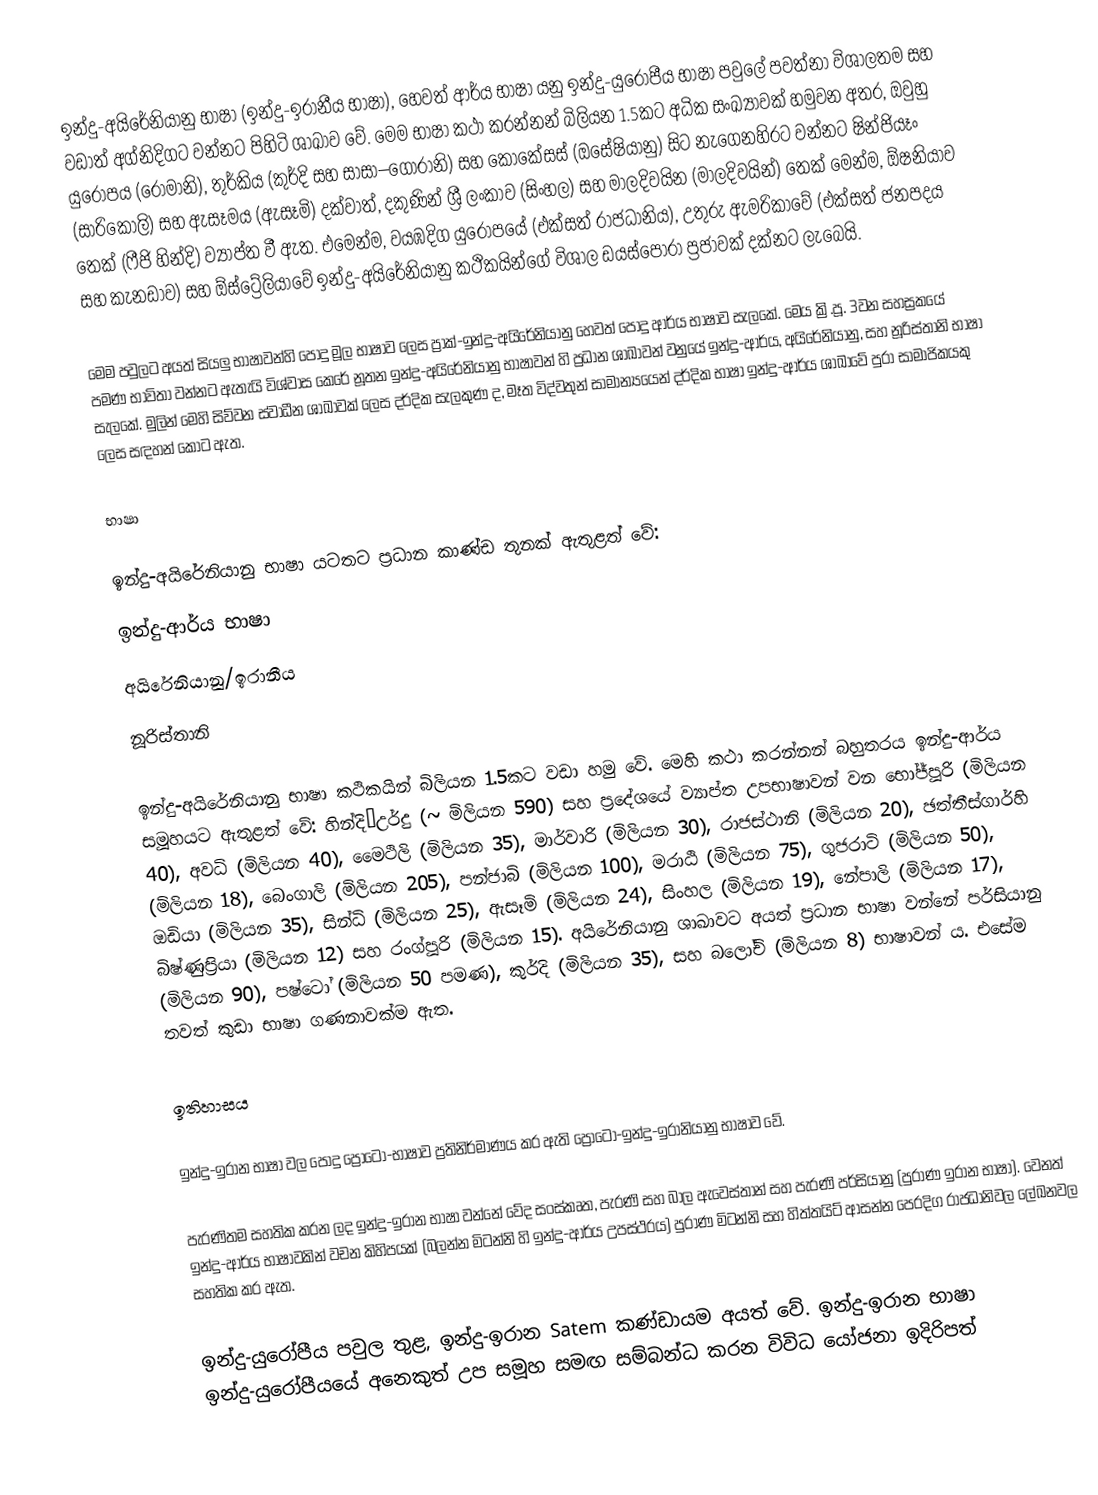
ඉන්දු-අයිරේනියානු භාෂා (ඉන්දු-ඉරානීය භාෂා), හෙවත් ආර්ය භාෂා යනු ඉන්දු-යුරෝපීය භාෂා පවුලේ පවත්නා විශාලතම සහ වඩාත් අග්නිදිගට වන්නට පිහිටි ශාඛාව වේ. මෙම භාෂා කථා කරන්නන් බිලියන 1.5කට අධික සංඛ්‍යාවක් හමුවන අතර, ඔවුහු යුරෝපය (රොමානි), තුර්කිය (කුර්දි සහ සාසා–ගොරානි) සහ කොකේසස් (ඔසේෂියානු) සිට නැගෙනහිරට වන්නට ෂින්ජියෑං (සාරිකොලි) සහ ඇසෑමය (ඇසෑමි) දක්වාත්, දකුණින් ශ්‍රී ලංකාව (සිංහල) සහ මාලදිවයින (මාලදිවයින්) තෙක් මෙන්ම, ඕෂනියාව තෙක් (ෆීජි හින්දි) ව්‍යාප්ත වී ඇත. එමෙන්ම, වයඹදිග යුරෝපයේ (එක්සත් රාජධානිය), උතුරු ඇමරිකාවේ (එක්සත් ජනපදය සහ කැනඩාව) සහ ඕස්ට්‍රේලියාවේ ඉන්දු-අයිරේනියානු කථිකයින්ගේ විශාල ඩයස්පෝරා ප්‍රජාවක් දක්නට ලැබෙයි.

මෙම පවුලට අයත් සියලු භාෂාවන්හි පොදු මූල භාෂාව ලෙස ප්‍රාක්-ඉන්දු-අයිරේනියානු හෙවත් පොදු ආර්ය භාෂාව සැලකේ. මෙය ක්‍රි.පූ. 3වන සහස්‍රකයේ පමණ භාවිතා වන්නට ඇතැයි විශ්වාස කෙරේ නූතන ඉන්දු-අයිරේනියානු භාෂාවන් හි ප්‍රධාන ශාඛාවන් වනුයේ ඉන්දු-ආර්ය, අයිරේනියානු, සහ නූරිස්තානි භාෂා සැලකේ. මුලින් මෙහි සිව්වන ස්වාධීන ශාඛාවක් ලෙස දර්දික සැලකුණ ද, මෑත විද්වතුන් සාමාන්‍යයෙන් දර්දික භාෂා ඉන්දු-ආර්ය ශාඛාවේ පුරා සාමාජිකයකු ලෙස සඳහන් කොට ඇත.

භාෂා

ඉන්දු-අයිරේනියානු භාෂා යටතට ප්‍රධාන කාණ්ඩ තුනක් ඇතුළත් වේ:
 ඉන්දු-ආර්ය භාෂා
 අයිරේනියානු/ඉරානීය
 නූරිස්තානි

ඉන්දු-අයිරේනියානු භාෂා කථිකයින් බිලියන 1.5කට වඩා හමු වේ. මෙහි කථා කරන්නන් බහුතරය ඉන්දු-ආර්ය සමූහයට ඇතුළත් වේ: හින්දි–උර්දු (~ මිලියන 590) සහ ප්‍රදේශයේ ව්‍යාප්ත උපභාෂාවන් වන භෝජ්පූරි (මිලියන 40), අවධි (මිලියන 40), මෛථිලි (මිලියන 35), මාර්වාරි (මිලියන 30), රාජස්ථානි (මිලියන 20), ඡත්තීස්ගාර්හි (මිලියන 18), බෙංගාලි (මිලියන 205), පන්ජාබි (මිලියන 100), මරාඨි (මිලියන 75), ගුජරාටි (මිලියන 50), ඔඩියා (මිලියන 35), සින්ධි (මිලියන 25), ඇසෑමි (මිලියන 24), සිංහල (මිලියන 19), නේපාලි (මිලියන 17), බිෂ්ණුප්‍රියා (මිලියන 12) සහ රංග්පූරි (මිලියන 15). අයිරේනියානු ශාඛාවට අයත් ප්‍රධාන භාෂා වන්නේ පර්සියානු (මිලියන 90), පෂ්ටෝ (මිලියන 50 පමණ), කුර්දි (මිලියන 35), සහ බලෝචි (මිලියන 8) භාෂාවන් ය. එසේම තවත් කුඩා භාෂා ගණනාවක්ම ඇත.

ඉතිහාසය

 ඉන්දු-ඉරාන භාෂා වල පොදු ප්‍රෝටෝ-භාෂාව ප්‍රතිනිර්මාණය කර ඇති ප්‍රෝටෝ-ඉන්දු-ඉරානියානු භාෂාව වේ.

 පැරණිතම සහතික කරන ලද ඉන්දු-ඉරාන භාෂා වන්නේ වේද සංස්කෘත, පැරණි සහ බාල ඇවෙස්තාන් සහ පැරණි පර්සියානු (පුරාණ ඉරාන භාෂා).  වෙනත් ඉන්දු-ආර්ය භාෂාවකින් වචන කිහිපයක් (බලන්න මිටන්නි හි ඉන්දු-ආර්ය උපස්ථරය) පුරාණ මිටන්නි සහ හිත්තයිට් ආසන්න පෙරදිග රාජධානිවල ලේඛනවල සහතික කර ඇත.

 ඉන්දු-යුරෝපීය පවුල තුළ, ඉන්දු-ඉරාන Satem කණ්ඩායම අයත් වේ.  ඉන්දු-ඉරාන භාෂා ඉන්දු-යුරෝපීයයේ අනෙකුත් උප සමූහ සමඟ සම්බන්ධ කරන විවිධ යෝජනා ඉදිරිපත්